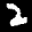
Label: 2